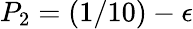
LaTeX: P_{2}=(1/10)-\epsilon